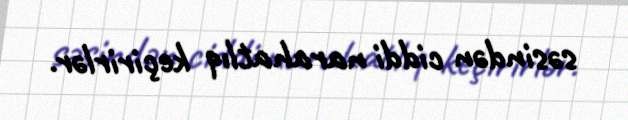
səsindən ciddi narahatlıq keçirirlər.